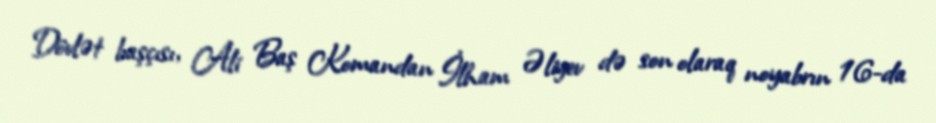
Dövlət başçısı, Ali Baş Komandan İlham Əliyev də son olaraq noyabrın 16-da